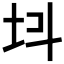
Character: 𡉜